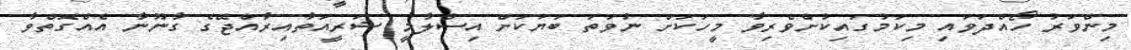
މިންވަރު ހޯއްދަވައި މިކަމުގައިކުށްވެރިވާ މީހަކަށް ނުވަތަ ބަޔަކަށް އިސްލާމީ ޝަރީއަތާއިރާއްޖޭގެ ގާނޫނާ އެއްގޮތްވާ